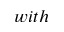
w i t h